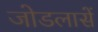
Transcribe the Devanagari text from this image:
जोडलासें